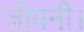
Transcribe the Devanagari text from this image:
जीवनी।